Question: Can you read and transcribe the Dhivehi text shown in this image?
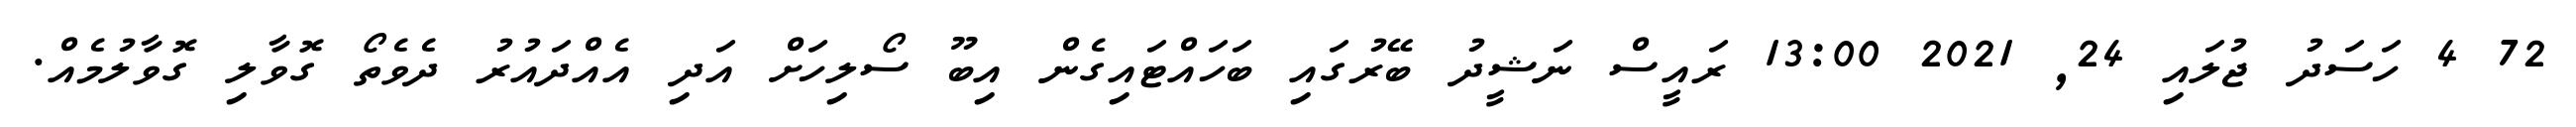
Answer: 72 4 ހަސަދު ޖުލައި 24, 2021 13:00 ރައީސް ނަޝީދު ބޭރުގައި ބަހައްޓައިގެން އިބޫ ސޯލިހަށް އަދި އެއްދައުރު ދެވެތޯ ގޮވާލި ގޮވާލުމެއް.